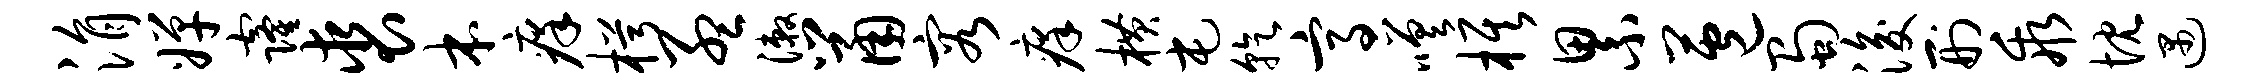
涓婵窿裘本痒枵孟漱鼠容痒横屯乾高嗟旗累苞蜀浚刑乖忱遇